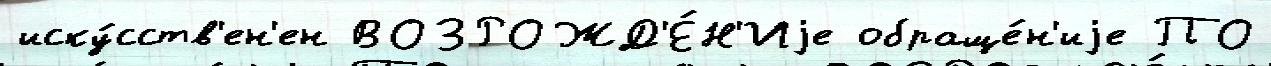
иску́сств'ен'ен ВОЗРОЖД'Е́Н'Иjе обраще́н'иjе ПО